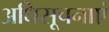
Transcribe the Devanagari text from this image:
अधिसूचनाएं